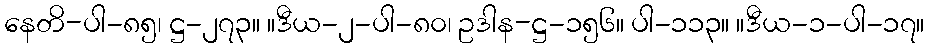
နေတိ-ပါ-၈၅၊ ဋ္ဌ-၂၇၃။ ။ဒီယ-၂-ပါ-၈၀၊ ဥဒါန-ဋ္ဌ-၁၅၆။ ပါ-၁၁၃။ ။ဒီယ-၁-ပါ-၁၇။